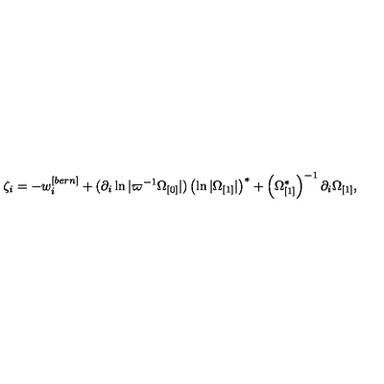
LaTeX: \zeta _ { i } = - w _ { i } ^ { [ b e r n ] } + ( \partial _ { i } \ln | \varpi ^ { - 1 } \Omega _ { \lbrack 0 ] } | ) \left( \ln | \Omega _ { \lbrack 1 ] } | \right) ^ { \ast } + \left( \Omega _ { \lbrack 1 ] } ^ { \ast } \right) ^ { - 1 } \partial _ { i } \Omega _ { \lbrack 1 ] } ,